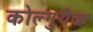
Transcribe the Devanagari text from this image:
कोल्गुयेव्ह